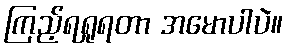
ကြည့်ရရှုရတာ အမောပါပဲ။